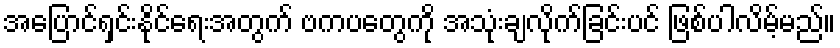
အပြောင်ရှင်းနိုင်ရေးအတွက် ဗကပတွေကို အသုံးချလိုက်ခြင်းပင် ဖြစ်ပါလိမ့်မည်။